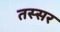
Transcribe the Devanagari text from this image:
तस्सर